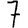
Digit: 7